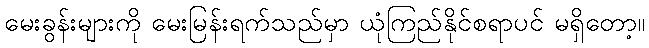
မေးခွန်းများကို မေးမြန်းရက်သည်မှာ ယုံကြည်နိုင်စရာပင် မရှိတော့။